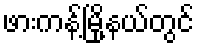
ဖားကန့်မြို့နယ်တွင်